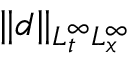
\| d \| _ { L _ { t } ^ { \infty } L _ { x } ^ { \infty } }